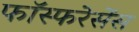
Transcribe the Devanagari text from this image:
फॉस्फरेसेंस